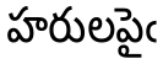
హరులపైఁ